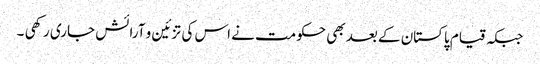
جبکہ قیام پاکستان کے بعد بھی حکومت نے اس کی تزئین و آرائش جاری رکھی ۔